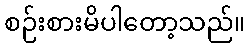
စဉ်းစားမိပါတော့သည်။